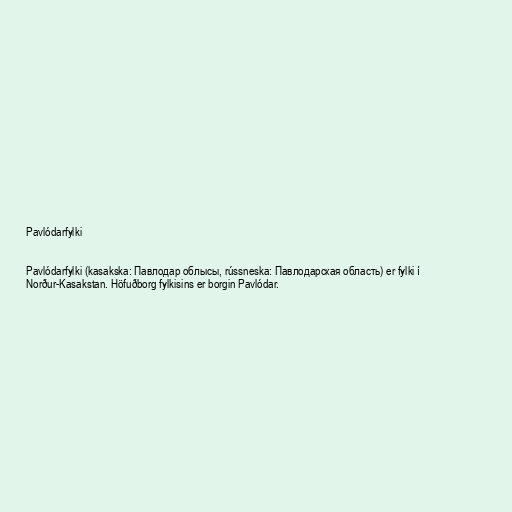
Pavlódarfylki

Pavlódarfylki (kasakska: Павлодар облысы, rússneska: Павлодарская область) er fylki í
Norður-Kasakstan. Höfuðborg fylkisins er borgin Pavlódar.